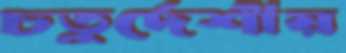
চতুর্দেশীয়